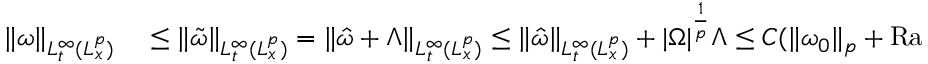
\begin{array} { r l } { \| \omega \| _ { L _ { t } ^ { \infty } ( L _ { x } ^ { p } ) } } & { { } \leq \| \tilde { \omega } \| _ { L _ { t } ^ { \infty } ( L _ { x } ^ { p } ) } = \| \hat { \omega } + \Lambda \| _ { L _ { t } ^ { \infty } ( L _ { x } ^ { p } ) } \leq \| \hat { \omega } \| _ { L _ { t } ^ { \infty } ( L _ { x } ^ { p } ) } + | \Omega | ^ { \frac { 1 } { p } } \Lambda \leq C ( \| \omega _ { 0 } \| _ { p } + \mathrm { { R a } } + \Lambda ) } \end{array}